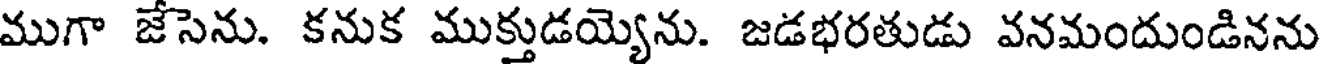
ముగా జేసెను. కనుక ముక్తుడయ్యెను. జడభరతుడు వనమందుండినను